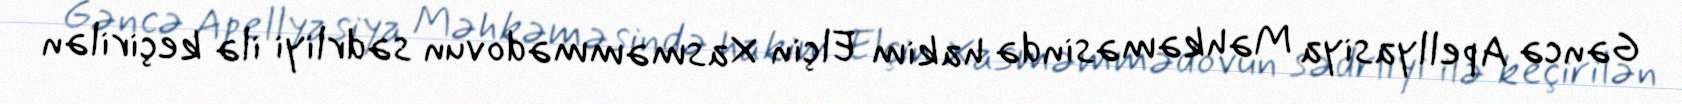
Gəncə Apellyasiya Məhkəməsində hakim Elçin Xasməmmədovun sədrliyi ilə keçirilən